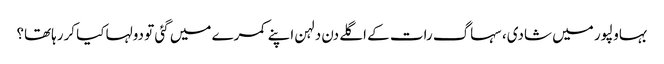
بہاولپور میں شادی، سہاگ رات کے اگلے دن دلہن اپنے کمرے میں گئی تو دولہا کیا کررہاتھا؟